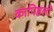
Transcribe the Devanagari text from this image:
कापिष्ठलो